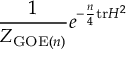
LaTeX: { \frac { 1 } { Z _ { { \mathrm { G O E } } ( n ) } } } e ^ { - { \frac { n } { 4 } } \mathrm { t r } H ^ { 2 } }